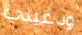
ودعيني